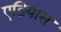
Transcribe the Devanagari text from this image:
एडियास